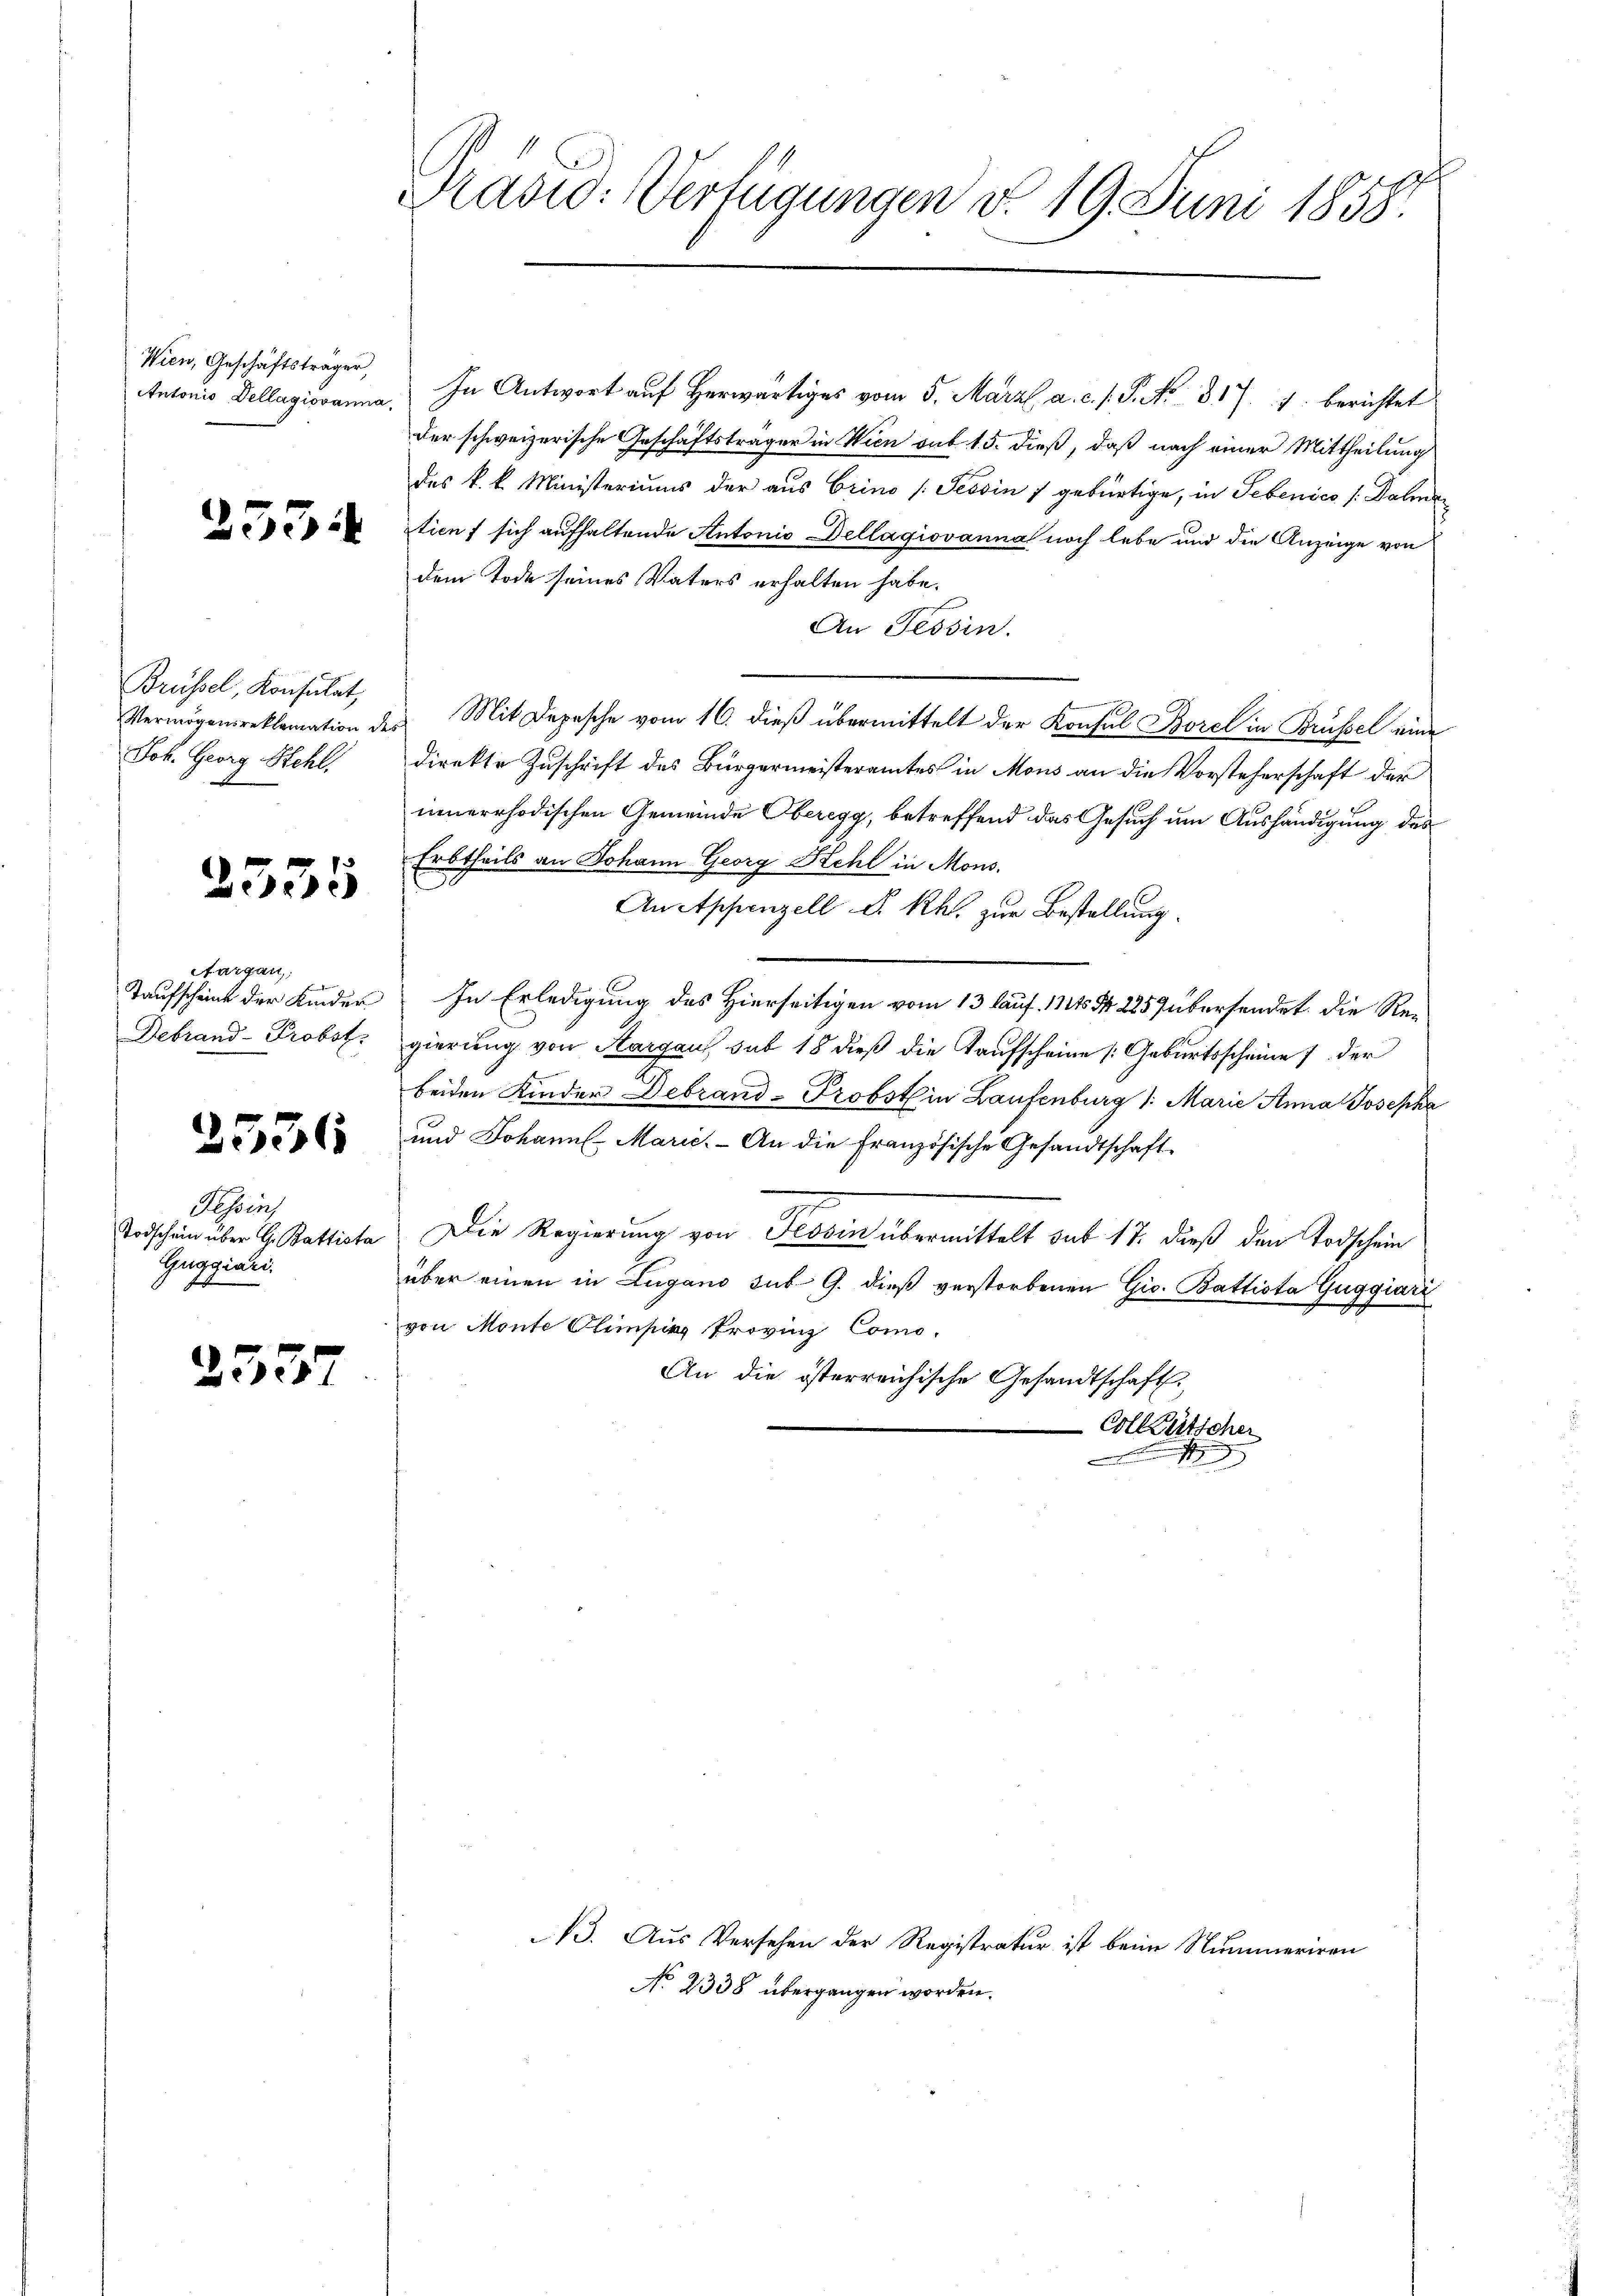
Wien, Geschäftsträger,
Antonio dellagiovanna,

2554

Brüssel, Konsulat,
Joh. Georg Hehl.

2355

Aargau,
Taufscheint der Kinder
Debrand- Probst.

2536

Tessin,
Todschein über G. Battista
Guggiani.

2357

Kasio: Verfügungen d. 19. Juni 1858.

In Antwort auf Herwärtiges vom 5. März a. c. s. S. Nr. 317. 1. berichtet
der schweizerische Geschäftsträger in Wien sub 15. dieß, daß nach einer Mittheilung
des k. k. Ministeriums der aus Orino (Tessin 7 gebürtige, in Sebenico /:Dalman
tien f sich aufhaltende Antonio dellagiovanna noch lebe und die Anzeige von
dem Tode seines Vaters erhalten habe.
An Tessin.
n
Vermögensreklamation des Mit Depesche vom 16. dieβ übermittelt der Konsul Borel in Brüssel eine
direkte Zuschrift des Bürgermeisteramtes in Mons an die Vorsteherschaft der
innerrhodischen Gemeinde Oberegg, betreffend das Gesuch um Aushändigung des
Erbtheils an Johann Georg Kehl in Mons.
E
An Appenzell A. Rh. zur Bestellung.
In Erledigung des Hierseitigen vom 13 lauf. 111 S. 225 übersendet die Regierung von Aargau sub 18 dieß die Kaufscheine Geburtsscheine der
beiden Kinder Debrand-Probst in Laufenburg 1. Marie Anna Josepha
und Johann Marie. An die französische Gesandtschaft-
7
Die Regierung von Tessin übermittelt sub 17. dieß den Todschein
über einen in Lugano sub. G. dieß verstorbenen Gis. Battista Guggiari
von Monte Olempirg Provinz Como-
An die österreichische Gesandtschaft
-Collischen
.

3. Aus Versehen der Registratur ist beim Nummeriren
No 2338 übergangen worden.